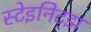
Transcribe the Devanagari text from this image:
स्टेइनिट्झ